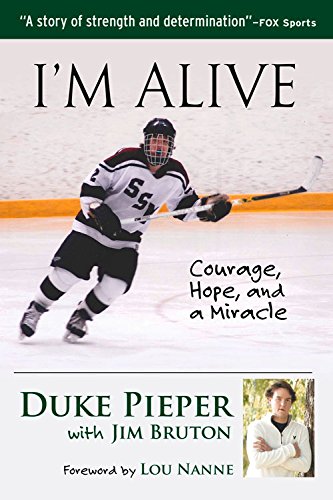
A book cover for I'm Alive: Courage, Hope, and a Miracle; Duke Pieper; Health, Fitness & Dieting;